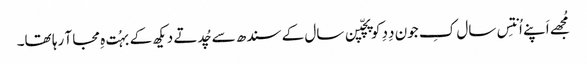
مُجھے اَپنے اُنتِس سال کِ جون دِدِ کو پچّپن سال کے سندھ سے چُدتے دیکھ کے بہُت ہِ مجا آ رہا تھا۔